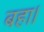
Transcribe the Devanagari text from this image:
बहा।